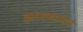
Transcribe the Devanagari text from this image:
झाल्यासच